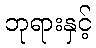
ဘုရားနှင့်